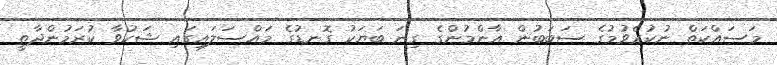
މަސައްކަތް ނުކުރެވުމުގެ ސަބަބުން އާންމުންގެ ގިނަ ބަޔަކު ގޮނޑުގެ މައްސަލައިގައި ޝަކުވާ ކުރަމުންދާތީ